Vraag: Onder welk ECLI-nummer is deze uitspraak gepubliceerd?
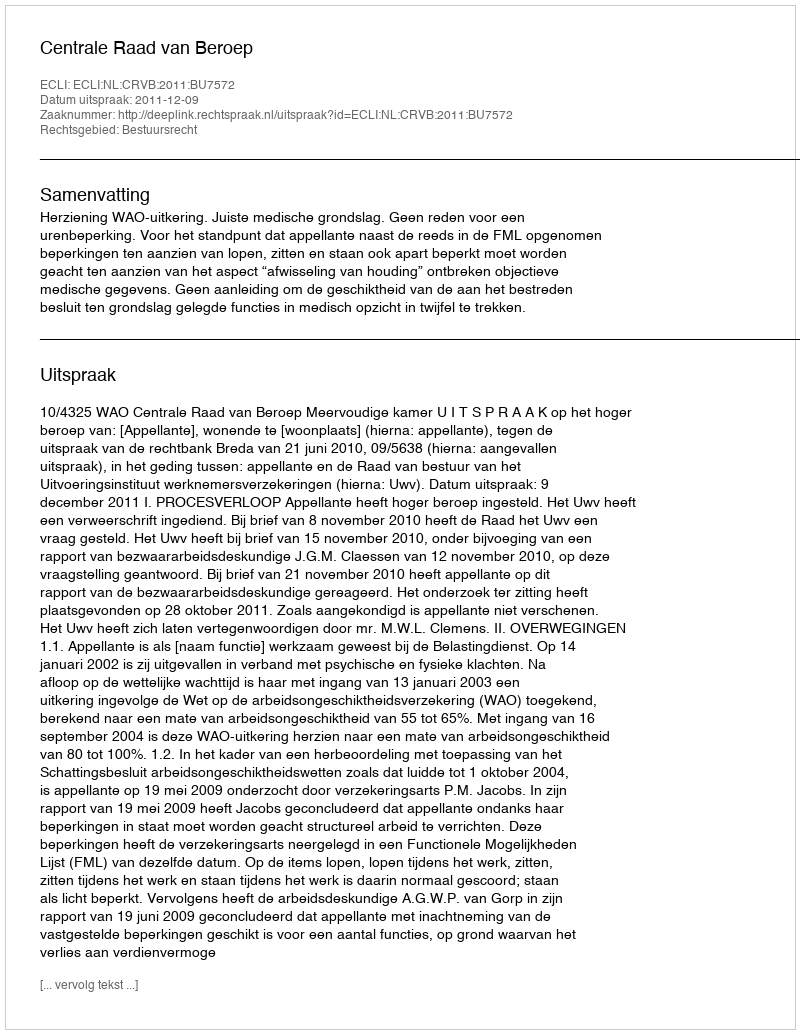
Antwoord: ECLI:NL:CRVB:2011:BU7572